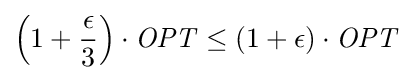
\left(1+{\frac {\epsilon }{3}}\right)\cdot {\mathit {OPT}}\leq (1+\epsilon )\cdot {\mathit {OPT}}